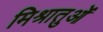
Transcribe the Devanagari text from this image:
मिश्रातुओं